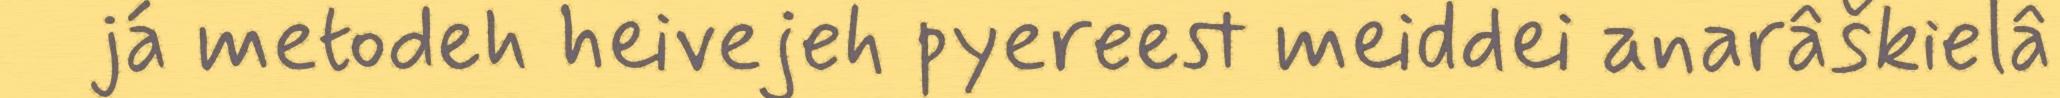
já metodeh heivejeh pyereest meiddei anarâškielâ